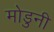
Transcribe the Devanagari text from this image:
मोडुनी